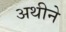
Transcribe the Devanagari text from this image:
अथीने